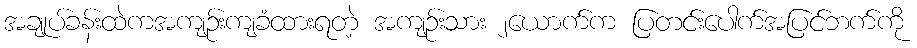
အချုပ်ခန်းထဲကအကျဉ်းကျခံထားရတဲ့ အကျဉ်းသား ၂ယောက်က ပြတင်းပေါက်အပြင်ဘက်ကို